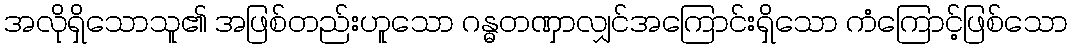
အလိုရှိသောသူ၏ အဖြစ်တည်းဟူသော ဂန္ဓတဏှာလျှင်အကြောင်းရှိသော ကံကြောင့်ဖြစ်သော